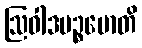
ဩဝါဒပဉ္စမောတိ